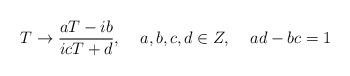
LaTeX: \begin{align*}T\rightarrow \frac{aT-ib}{icT+d},\;\;\;\;a,b,c,d\in Z,\;\;\;\;ad-bc=1\end{align*}